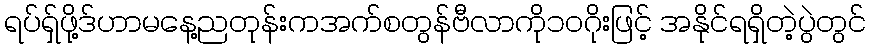
ရပ်ရှ်ဖို့ဒ်ဟာမနေ့ညတုန်းကအက်စတွန်ဗီလာကို၁ဝဂိုးဖြင့် အနိုင်ရရှိတဲ့ပွဲတွင်